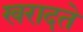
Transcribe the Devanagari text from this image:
खरादते